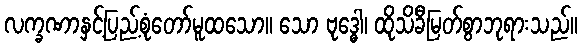
လက္ခဏာနှင့်ပြည့်စုံတော်မူထသော။ သော ဗုဒ္ဓေါ၊ ထိုသိခီမြတ်စွာဘုရားသည်။